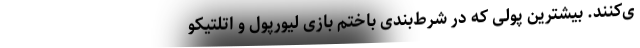
ی‌کنند. بیشترین پولی که در شرط‌بندی باختم بازی لیورپول و اتلتیکو